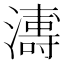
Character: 𭳍